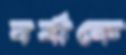
বর্ষাকে